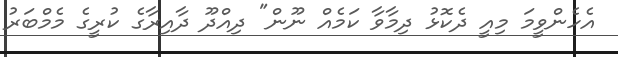
އެހެންވީމަ މިއީ ދެކޮޅު ދިމާވާ ކަމެއް ނޫން" ދިއްދޫ ދާއިރާގެ ކުރީގެ މެމްބަރު